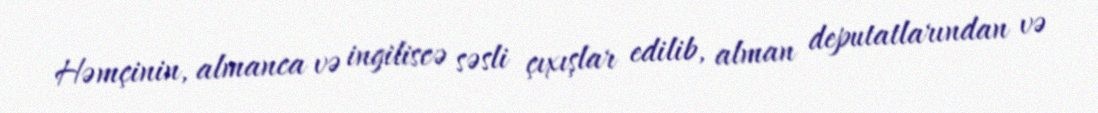
Həmçinin, almanca və ingiliscə səsli çıxışlar edilib, alman deputatlarından və